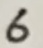
Text: 6